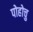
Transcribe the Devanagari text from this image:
पोहोचु